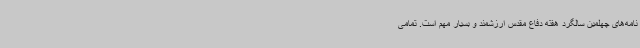
نامه‌های چهلمین سالگرد هفته دفاع مقدس ارزشمند و بسیار مهم است. تمامی